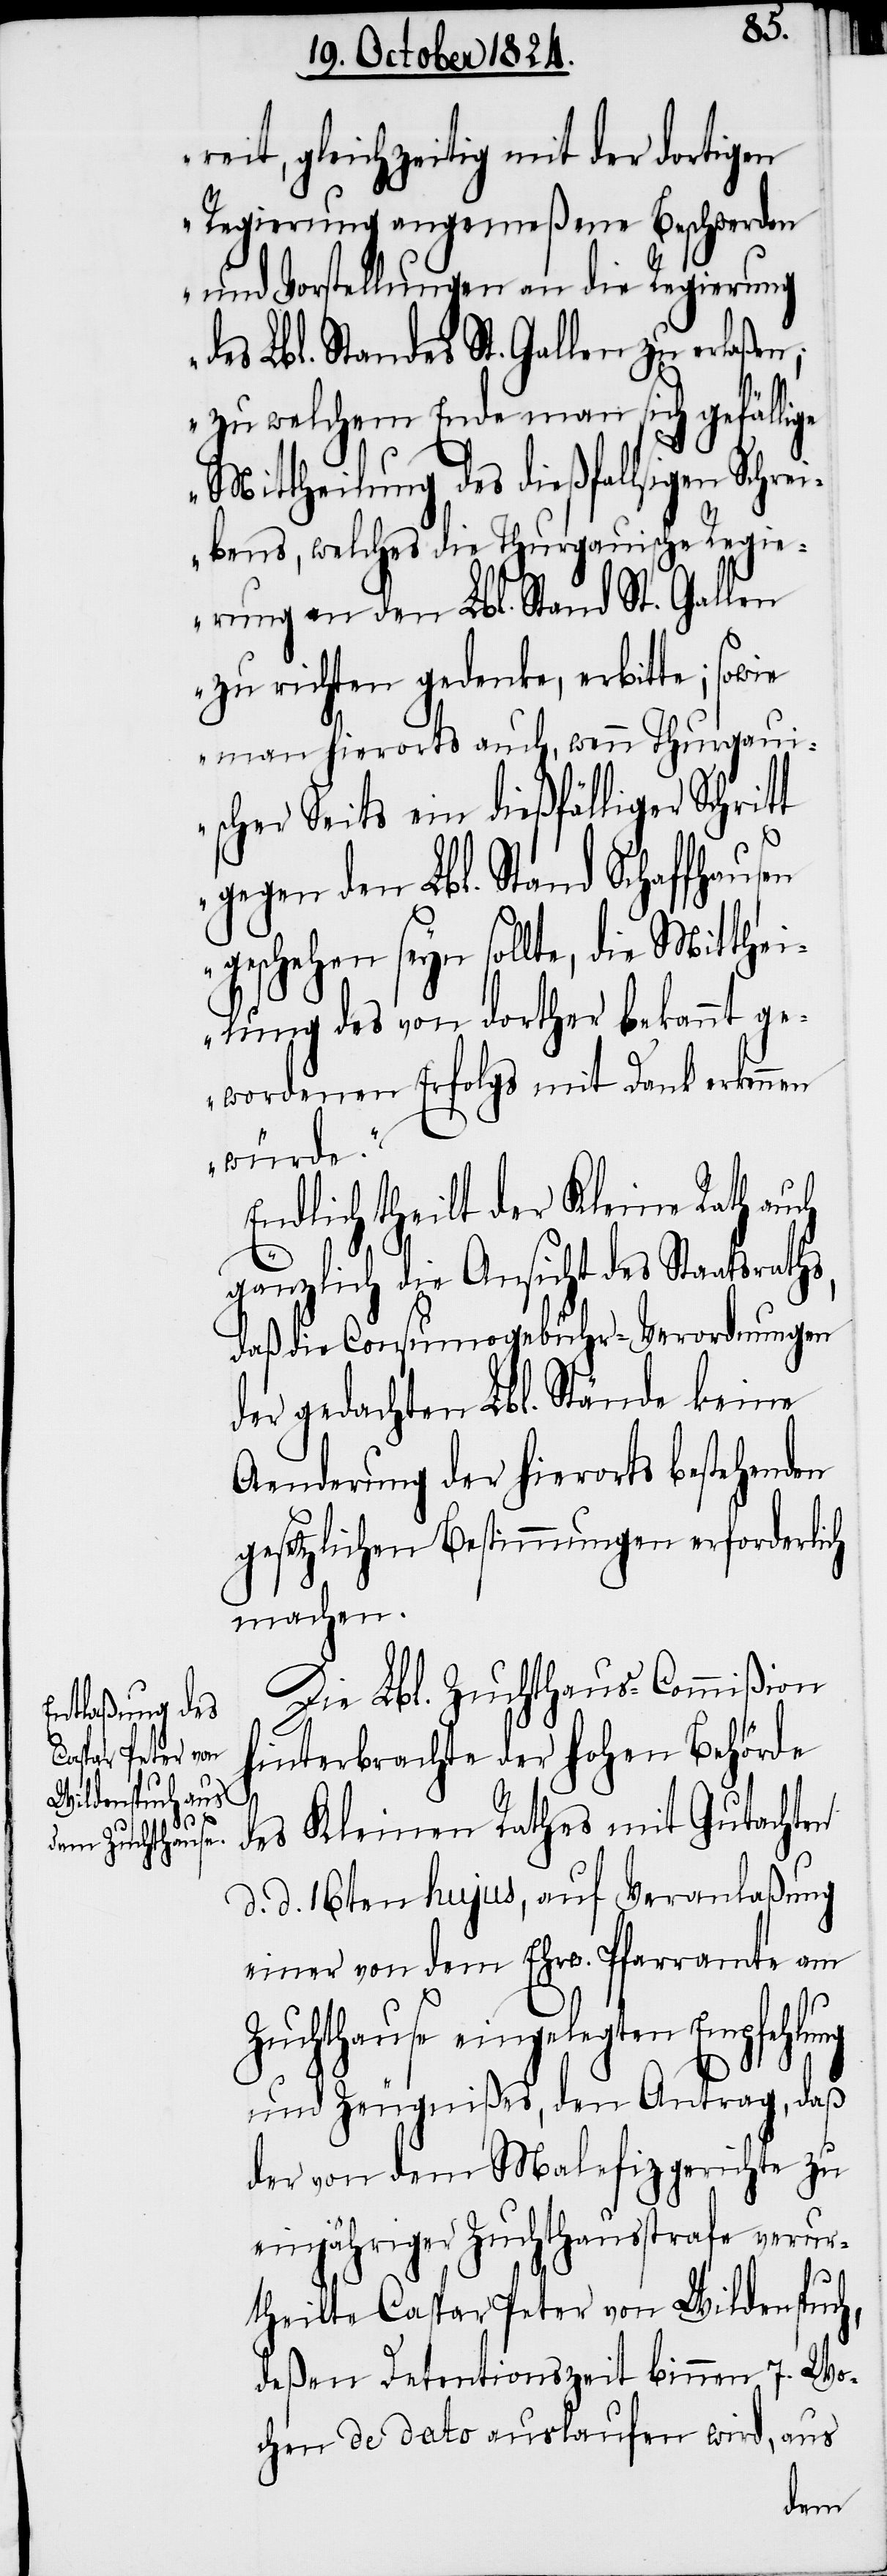
ch

reit, gleichzeitig mit der dortigen
Regierung angemeßene Beschwerden
und Vorstellungen an die Regierung
des Lbl. Standes St. Gallen zu erlaßen;
zu welchem Ende man sich gefällige
Mittheilung des dießfallsigen Schre¬
ibens, welches die Thurgauische Regi¬
erung an den Lbl. Stand St. Gallen
zu richten gedenke, erbitte; sowie
man hierorts auch, wenn Thurgaui¬
scher Seits ein dießfälliger Schritt
gegen den Lbl. Stand Schaffhausen
geschehen seyn sollte, die Mitthei¬
lung des von dorther bekannt ge¬
wordenen Erfolgs mit Dank erkennen
würde.“
Endlich theilt der Kleine Rath au¬
gänzlich die Ansicht des Staatsraths,
daß die Consumogebühr-Verordnungen
der gedachten Lbl. Stände keine
Aenderung der hierorts bestehenden
gesetzlichen Bestimmungen erforderlich
machen.
Die Lbl. Zuchthaus-Commißion
hinterbrachte der hohen Behörde
des Kleinen Rathes mit Gutachten
d. d. 16ten hujus, auf Veranlaßung
einer von dem Ehrw. Pfarramte am
Zuchthause eingelegten Empfehlung
und Zeugnißes, den Antrag, daß
der von dem Malefizgerichte zu
einjähriger Zuchthausstrafe verur¬
theilte Caspar Peter von Wildenspuch,
deßen Detentionszeit binnen 7. Wo¬
chen de dato auslaufen wird, aus